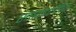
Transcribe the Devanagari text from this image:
संस्कारविधिः